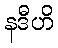
နဒီဟိ